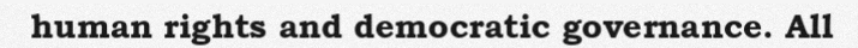
human rights and democratic governance. All